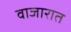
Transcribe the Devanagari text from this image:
वाजारात